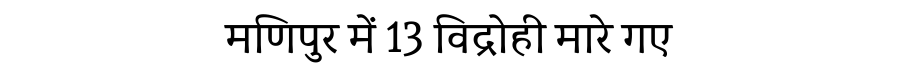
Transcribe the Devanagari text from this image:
मणिपुर में 13 विद्रोही मारे गए